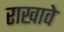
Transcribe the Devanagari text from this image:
राखावे